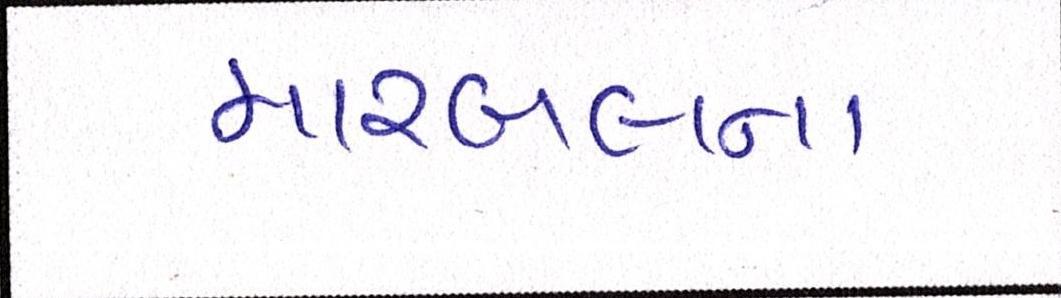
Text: મારબલના